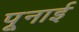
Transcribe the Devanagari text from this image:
पूनाई